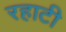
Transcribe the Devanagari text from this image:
रहाटी